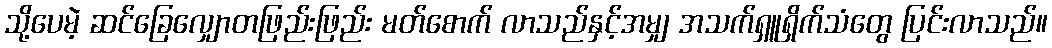
သို့ပေမဲ့ ဆင်ခြေလျှောတဖြည်းဖြည်း မတ်စောက် လာသည်နှင့်အမျှ အသက်ရှူရှိက်သံတွေ ပြင်းလာသည်။